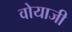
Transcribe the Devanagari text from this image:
वोयाजी